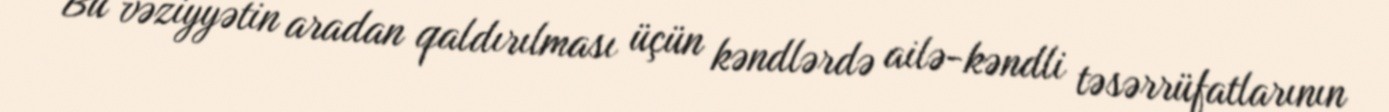
Bu vəziyyətin aradan qaldırılması üçün kəndlərdə ailə-kəndli təsərrüfatlarının